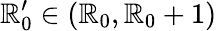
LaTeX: \mathbb{R}_{0}^{\prime}\in(\mathbb{R}_{0},\mathbb{R}_{0}+1)